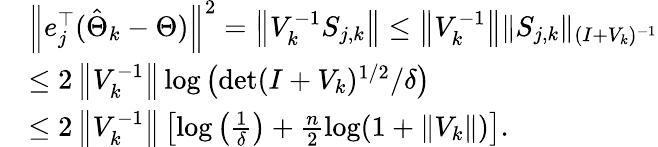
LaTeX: \begin{array}{rl}&{\left\| e_{j}^{\top}(\hat{\Theta}_{k}-\Theta)\right\| ^{2}=\left\| V_{k}^{-1}S_{j,k}\right\| \leq\left\| V_{k}^{-1}\right\| \| S_{j,k}\| _{(I+V_{k})^{-1}}}\\ &{\leq 2\left\| V_{k}^{-1}\right\| \log\left(\operatorname*{det}(I+V_{k})^{1/2}/\delta\right)}\\ &{\leq 2\left\| V_{k}^{-1}\right\| \left[\log\left(\frac{1}{\delta}\right)+\frac{n}{2}\log(1+\| V_{k}\| )\right].}\end{array}